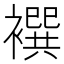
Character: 襈